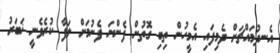
އެނދުމައްޗަށް ދެމިފައި އެމީހުން ތިބި ގޮތުން ފެންނަ ފެނުމަށް ލަފާ ކުރެވެނީ ޚަބަރު